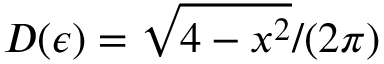
D ( \epsilon ) = \sqrt { 4 - x ^ { 2 } } / ( 2 \pi )